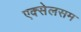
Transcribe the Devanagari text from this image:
एक्सेलसम